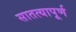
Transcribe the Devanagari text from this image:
सातत्यापूर्ण